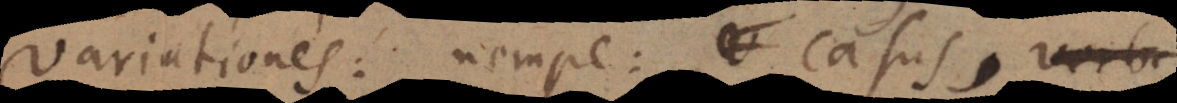
variationes: nempe: casus, verba.